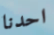
احدنا